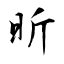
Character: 昕